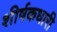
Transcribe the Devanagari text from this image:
शीर्षकधारी